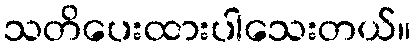
သတိပေးထားပါသေးတယ်။